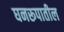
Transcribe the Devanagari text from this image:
घनरूपातील